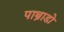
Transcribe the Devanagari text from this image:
पाथ्राडो